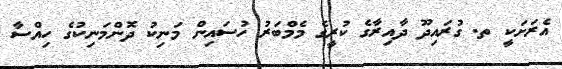
އެރަށަކީ ތ. ގުރައިދޫ ދާއިރާގެ ކުރީގެ މެމްބަރު ހުސައިން މަނިކު ދޮންމަނިކުގެ ހިއްސާ